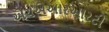
એચએઆરઆરટી